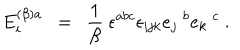
E _ { i } ^ { ( \beta ) a } ~ ~ = ~ ~ \frac { 1 } { \beta } ~ \epsilon ^ { a b c } \epsilon _ { i j k } e _ { j } ~ ^ { b } e _ { k } ~ ^ { c } ~ .